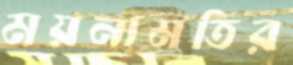
ময়নামতির